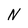
Character: N